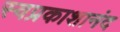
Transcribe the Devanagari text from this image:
स्वप्रकाशानंद